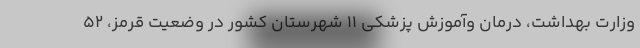
وزارت بهداشت، درمان وآموزش پزشکی ۱۱ شهرستان کشور در وضعیت قرمز، ۵۲